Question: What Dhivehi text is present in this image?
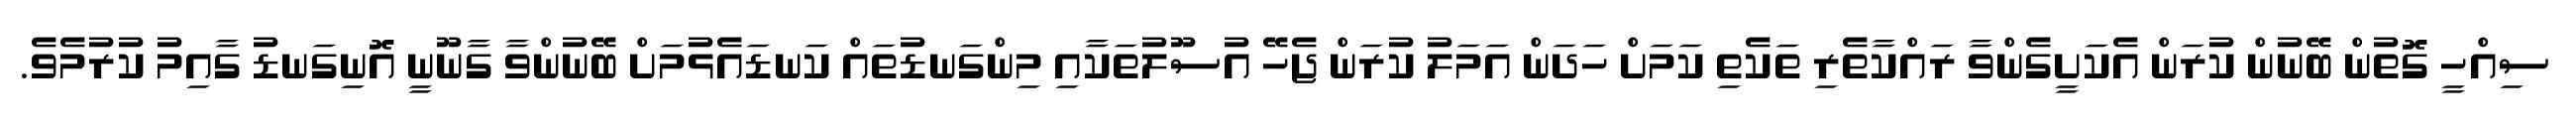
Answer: ސިއްހީ ގޮތުން ބޭނުން ކުރަން އެކަށީގެންވާ ރައްކާތެރި ތަކެތި ކަމަށް ހަދަން އަމަލު ކުރަން ޖެހޭ އުސޫލުތަކާއި މިންގަނޑުތައް ކަނޑައެޅުމަށް ބޭނުންވާ ގާނޫނީ އޮނިގަނޑު ގާއިމު ކުރުމެވެ.